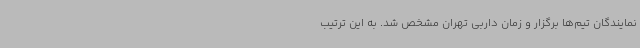
نمایندگان تیم‌ها برگزار و زمان داربی تهران مشخص شد. به این ترتیب